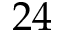
2 4